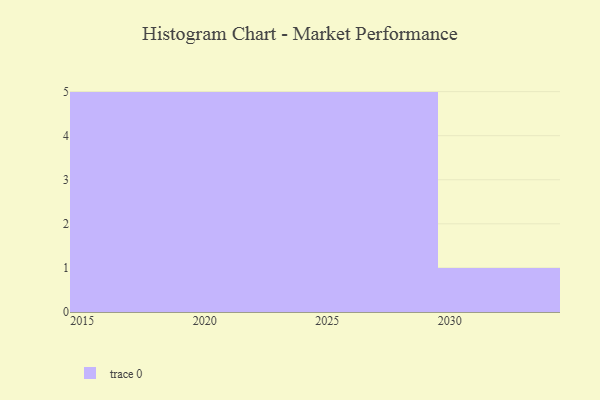
{"axis": {"x": "Year", "y": "Budget (USD K)"}, "legend": [""], "data": [{"x": "2029", "y": 96, "type": ""}, {"x": "2027", "y": 43, "type": ""}, {"x": "2021", "y": 75, "type": ""}, {"x": "2017", "y": 39, "type": ""}, {"x": "2030", "y": 32, "type": ""}, {"x": "2022", "y": 16, "type": ""}, {"x": "2016", "y": 93, "type": ""}, {"x": "2025", "y": 88, "type": ""}, {"x": "2026", "y": 77, "type": ""}, {"x": "2015", "y": 99, "type": ""}, {"x": "2024", "y": 61, "type": ""}, {"x": "2020", "y": 3, "type": ""}, {"x": "2028", "y": 53, "type": ""}, {"x": "2019", "y": 99, "type": ""}, {"x": "2018", "y": 88, "type": ""}, {"x": "2023", "y": 80, "type": ""}]}